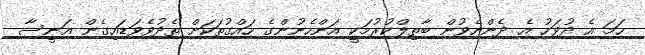
ހަމަ އެ ދުވަހު އެ ދެންނެވުން ބާތިލްކުރުމަކީ އަންހެނުންގެ ހައްގުތަކަށް ތެދުވެވަޑައިގެން އަނީސާ